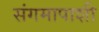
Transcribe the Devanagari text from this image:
संगमापाशी